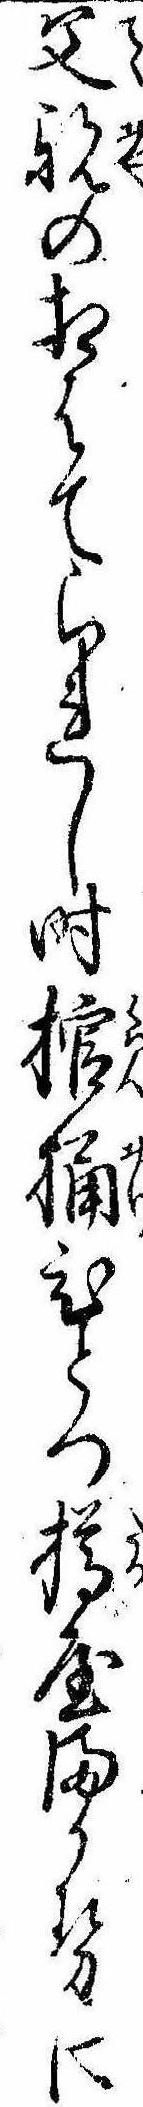
父親の相はてられし時棺桶ひとつ樽屋まかせに